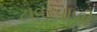
ટાવરવાળી